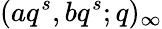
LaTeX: (aq^{s},bq^{s};q)_{\infty}